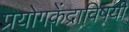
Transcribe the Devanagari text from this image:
प्रयोगकेंद्राविषयी